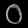
Digit: ၀